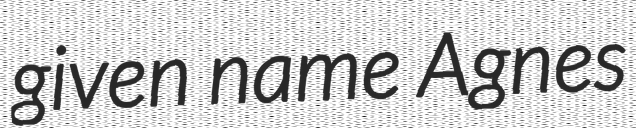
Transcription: given name Agnes